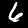
Digit: 6